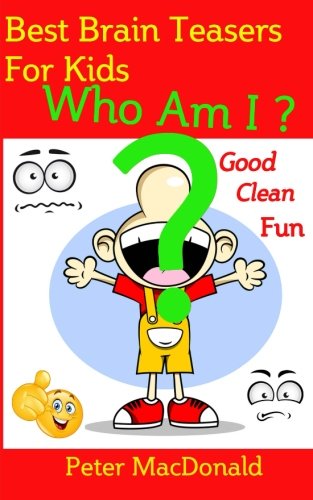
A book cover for Best Brain teasers for Kids - Who Am I?: Good Clean Fun (Best Joke book for Kids) (Volume 5); Mr Peter J MacDonald; Humor & Entertainment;